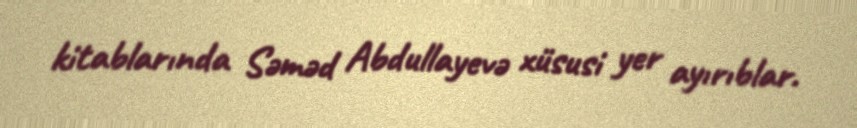
kitablarında Səməd Abdullayevə xüsusi yer ayırıblar.